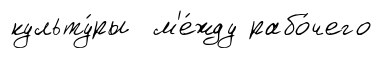
культу́ры м'е́жду рабо́чего